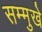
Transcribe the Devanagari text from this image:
सम्मुखे